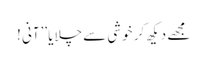
مجھے دیکھ کر خوشی سے چلایا ’’آنی !